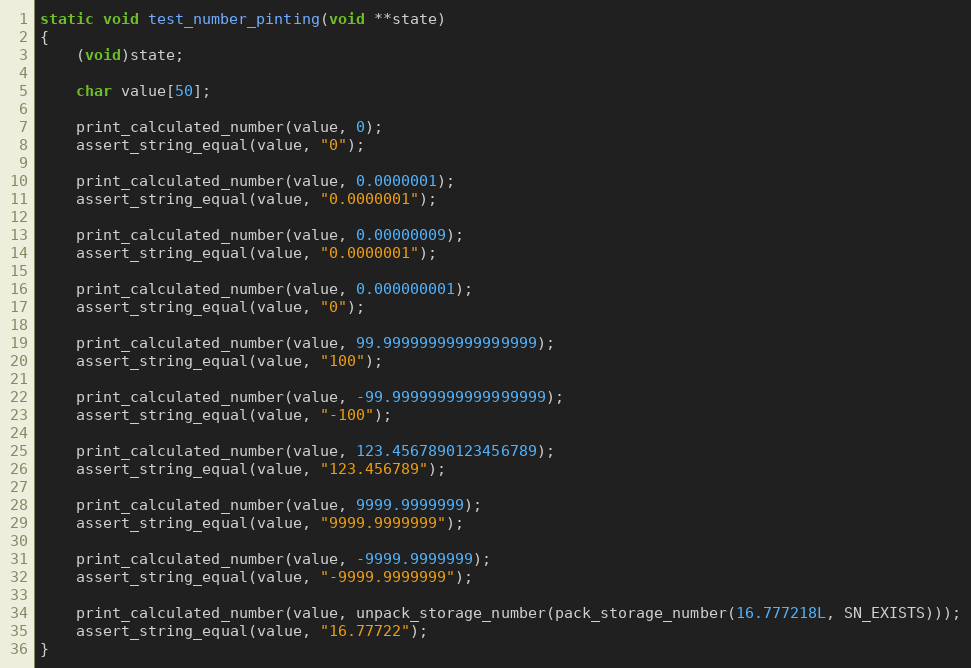
Language: C
static void test_number_pinting(void **state)
{
    (void)state;

    char value[50];

    print_calculated_number(value, 0);
    assert_string_equal(value, "0");

    print_calculated_number(value, 0.0000001);
    assert_string_equal(value, "0.0000001");

    print_calculated_number(value, 0.00000009);
    assert_string_equal(value, "0.0000001");

    print_calculated_number(value, 0.000000001);
    assert_string_equal(value, "0");

    print_calculated_number(value, 99.99999999999999999);
    assert_string_equal(value, "100");

    print_calculated_number(value, -99.99999999999999999);
    assert_string_equal(value, "-100");

    print_calculated_number(value, 123.4567890123456789);
    assert_string_equal(value, "123.456789");

    print_calculated_number(value, 9999.9999999);
    assert_string_equal(value, "9999.9999999");

    print_calculated_number(value, -9999.9999999);
    assert_string_equal(value, "-9999.9999999");

    print_calculated_number(value, unpack_storage_number(pack_storage_number(16.777218L, SN_EXISTS)));
    assert_string_equal(value, "16.77722");
}